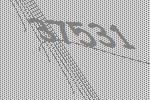
37531